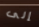
إلى